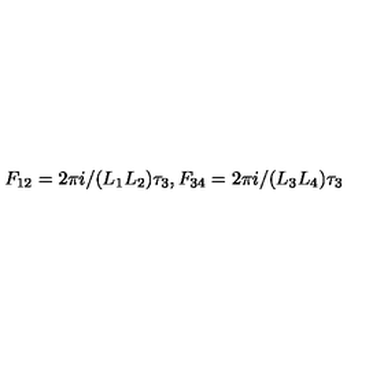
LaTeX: F _ { 1 2 } = 2 \pi i / ( L _ { 1 } L _ { 2 } ) \tau _ { 3 } , F _ { 3 4 } = 2 \pi i / ( L _ { 3 } L _ { 4 } ) \tau _ { 3 }